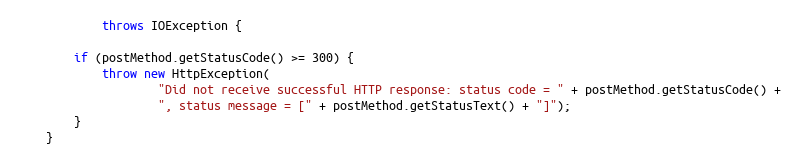
Language: Java
            throws IOException {

        if (postMethod.getStatusCode() >= 300) {
            throw new HttpException(
                    "Did not receive successful HTTP response: status code = " + postMethod.getStatusCode() +
                    ", status message = [" + postMethod.getStatusText() + "]");
        }
    }